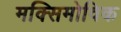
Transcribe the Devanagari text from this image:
मक्सिमोविक